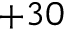
+ 3 0